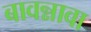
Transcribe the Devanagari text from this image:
बावन्नावा